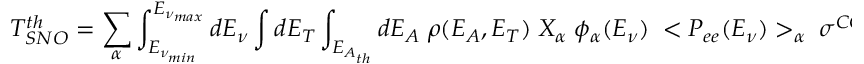
T _ { S N O } ^ { t h } = \sum _ { \alpha } \int _ { E _ { \nu _ { m i n } } } ^ { E _ { \nu _ { m a x } } } d E _ { \nu } \int d E _ { T } \int _ { E _ { A _ { t h } } } d E _ { A } \; \rho ( E _ { A } , E _ { T } ) \; X _ { \alpha } \; \phi _ { \alpha } ( E _ { \nu } ) \; < P _ { e e } ( E _ { \nu } ) > _ { \alpha } \; \sigma ^ { C C } .